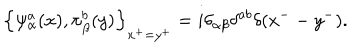
\left\{ \psi _ { \alpha } ^ { a } ( x ) , \pi _ { \beta } ^ { b } ( y ) \right\} _ { x ^ { + } = y ^ { + } } = i \delta _ { \alpha \beta } \delta ^ { a b } \delta ( x ^ { - } - y ^ { - } ) .